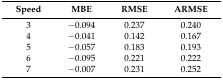
| Speed | MBE | RMSE | ARMSE |
 | --- | --- | --- | --- |
 | 3 | −0.094 | 0.237 | 0.240 |
 | 4 | −0.041 | 0.142 | 0.167 |
 | 5 | −0.057 | 0.183 | 0.193 |
 | 6 | −0.095 | 0.221 | 0.222 |
 | 7 | −0.007 | 0.231 | 0.252 |